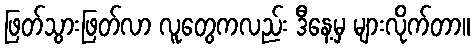
ဖြတ်သွားဖြတ်လာ လူတွေကလည်း ဒီနေ့မှ များလိုက်တာ။